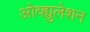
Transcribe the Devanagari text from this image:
ओव्ह्युलेशन